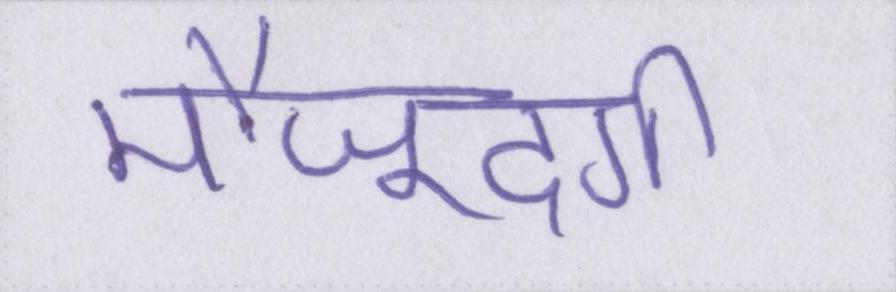
मौजूदगी